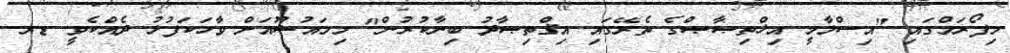
މިފޯރަމްގައި "އިސްލާމީ އިޚްތިޞާޞްގެ ތެރޭގައި އިޤްތިޞާދު ބިނާކުރުން" މިމައުޟޫއަށް ވާހަކަފުޅު ދެއްކެވީ ޑރ.